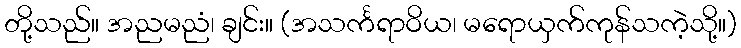
တို့သည်။ အညမညံ၊ ချင်း။ (အသင်္ကရာဝိယ၊ မရောယှက်ကုန်သကဲ့သို့။)